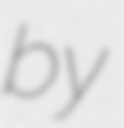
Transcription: by